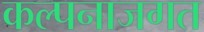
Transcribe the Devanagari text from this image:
कल्पनाजगत